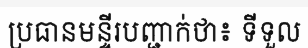
ប្រធានមន្ទីរបញ្ជាក់ថា៖ ទីទួល